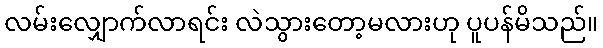
လမ်းလျှောက်လာရင်း လဲသွားတော့မလားဟု ပူပန်မိသည်။